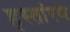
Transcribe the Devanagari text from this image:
हस्तांरण